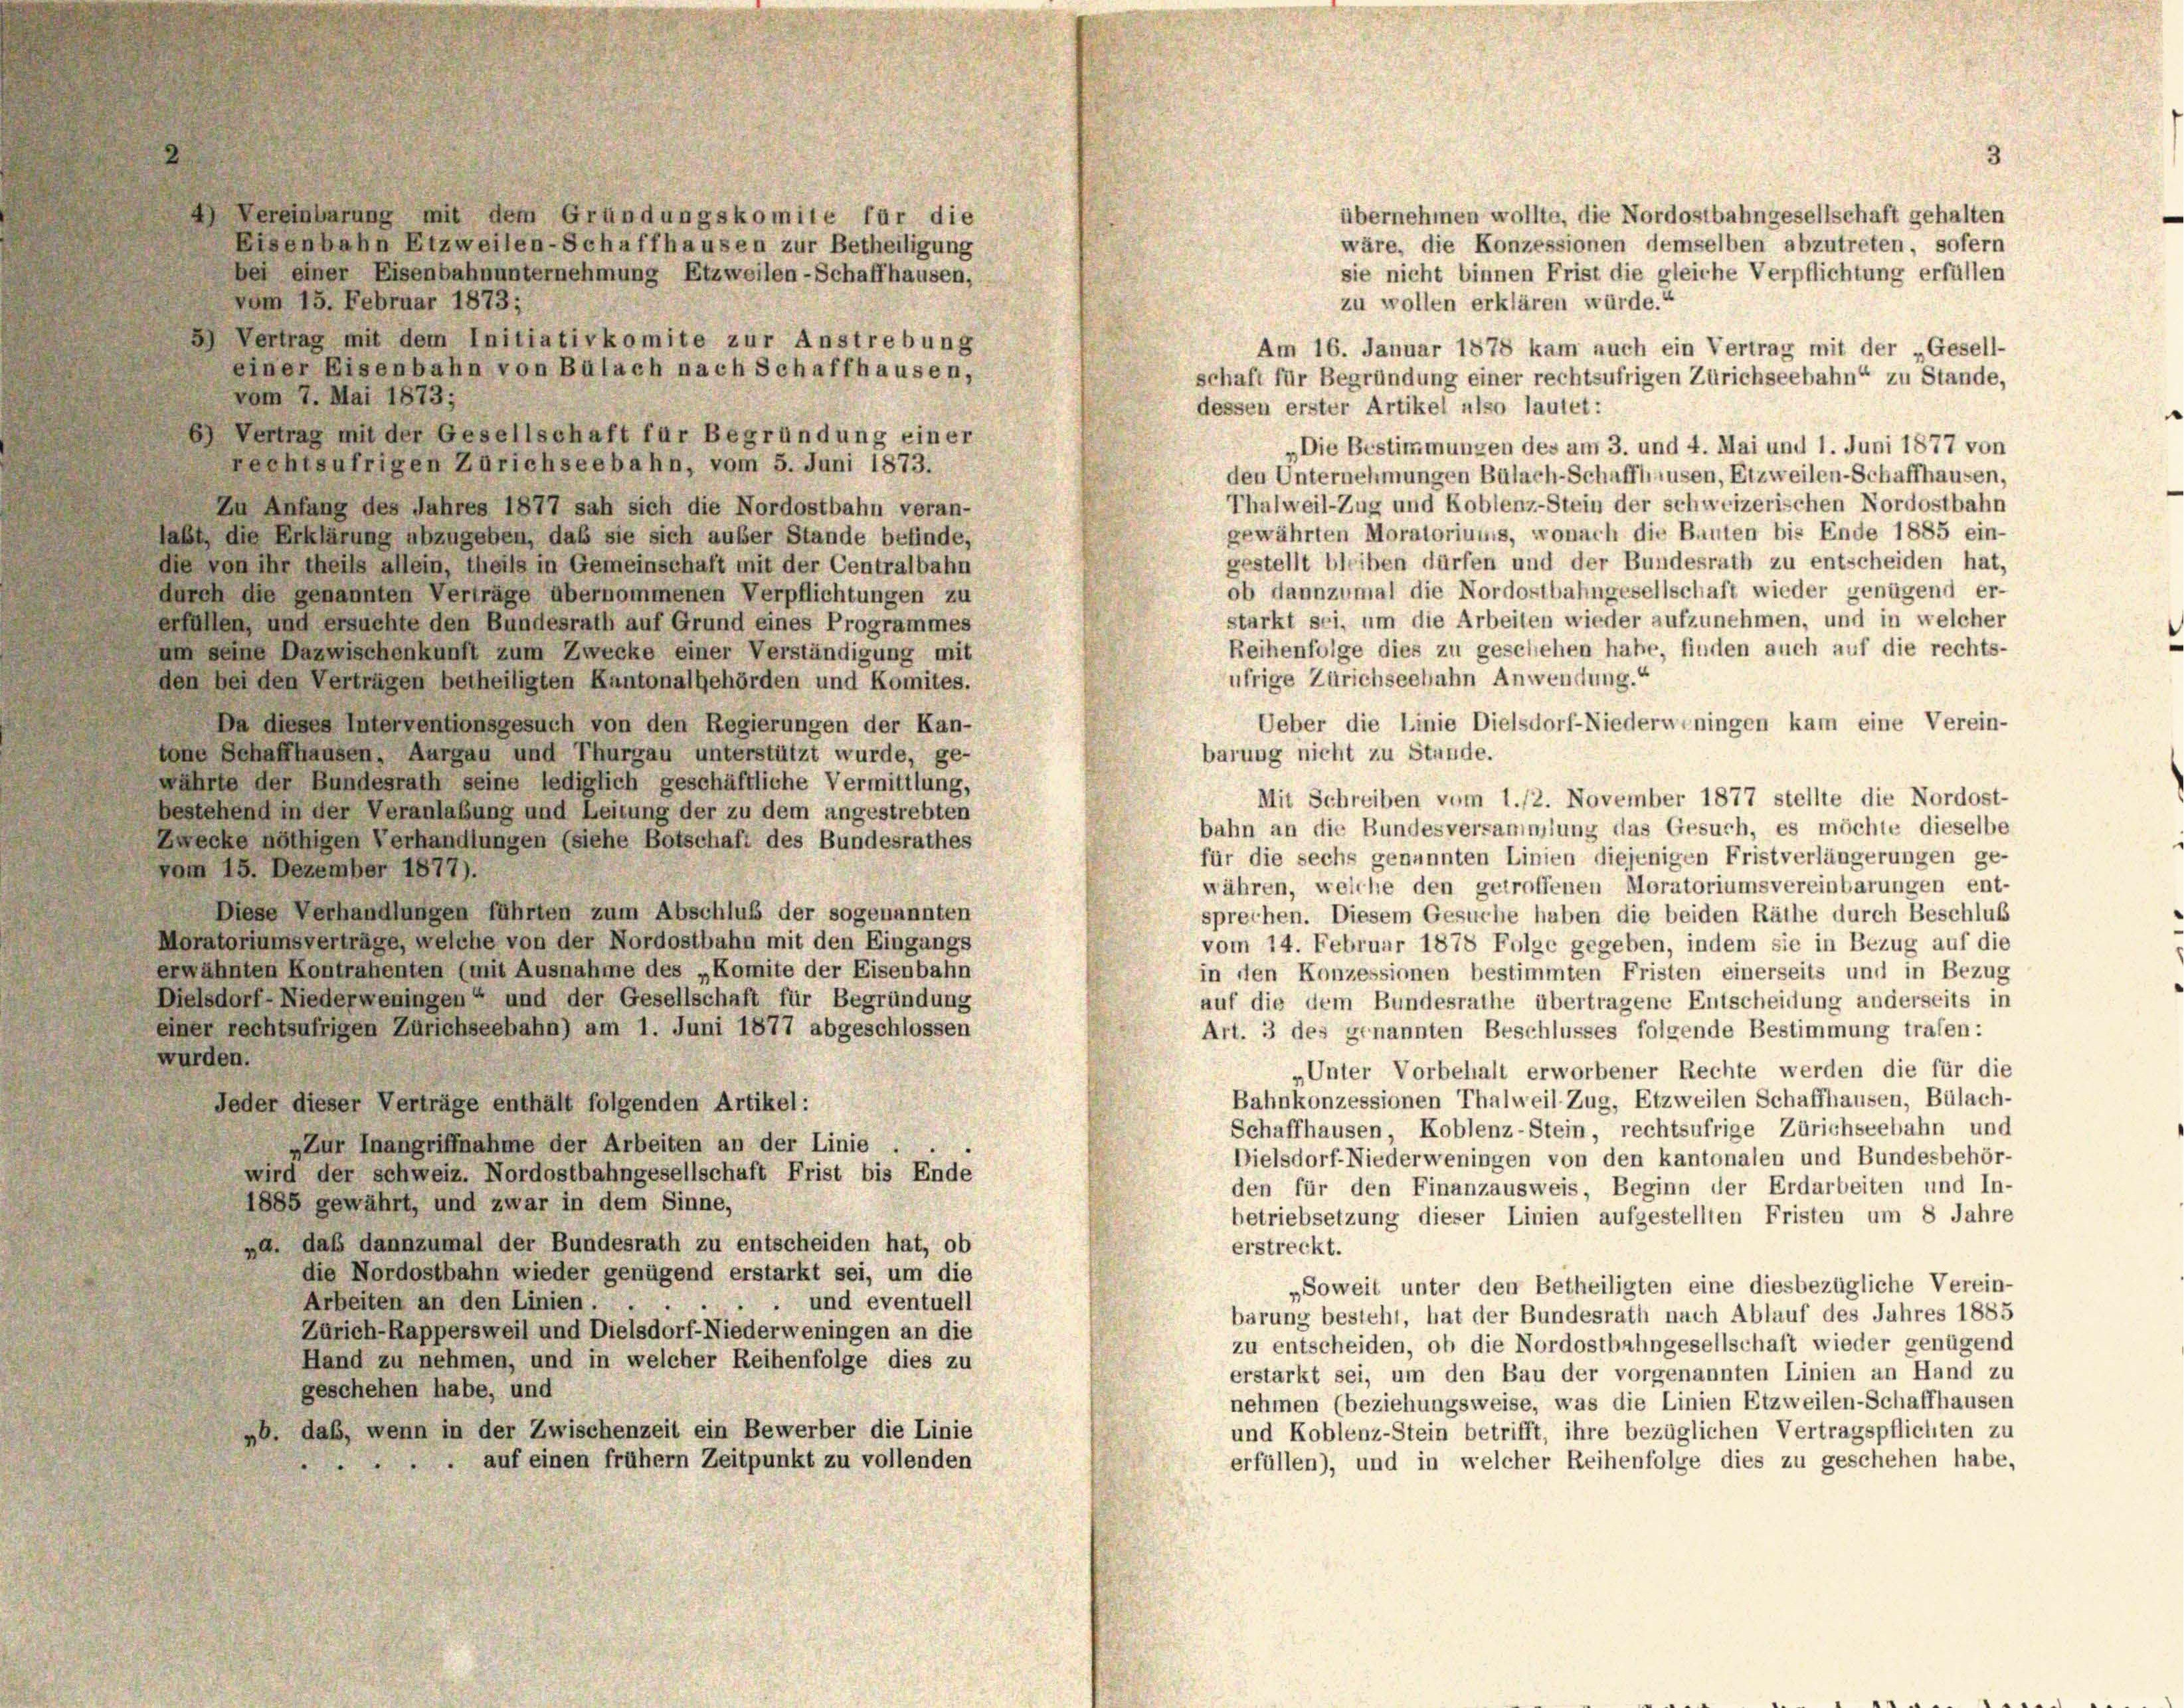
übernehmen wollte, die Nordostbahngesellschaft gehalten
) Vereinbarung mit dem Gründungskomite für die
Eisenbahn Etzweilen-Schaffhausen zur Betheiligung
wäre, die Konzessionen demselben abzutreten, sofern
sie nicht binnen Frist die gleiche Verpflichtung erfüllen
bei einer Eisenbahnunternehmung Etzweilen-Schaffhausen,
vom 15. Februar 1873;
zu wollen erklären würde.“
Am 16. Januar 1878 kam auch ein Vertrag mit der „Gesell-
einer Eisenbahn von Bülach nach Schaffhausen,
schaft für Begründung einer rechtsufrigen Zürichseebahn“ zu Stande,
dessen erster Artikel also lautet:
6) Vertrag mit der Gesellschaft für Begründung einer
„Die Bestimmungen des am 3. und 4. Mai und 1. Juni 1877 von
rechtsufrigen Zürichseebahn, vom 5. Juni 1873.
den Unternehmungen Bülach-Schaffhausen, Etzweilen-Schaffhausen,
Thalweil-Zug und Koblenz-Stein der schweizerischen Nordostbahn
In Anfang des Jahres 1877 sah sich die Nordostbahn veran-
gewährten Moratoriums, wonach die Bauten bis Ende 1885 ein-
laßt, die Erklärung abzugeben, daß sie sich auser Stande befinde,
gestellt bleiben dürfen und der Bundesrath zu entscheiden hat,
die von ihr theils allein, theils in Gemeinschaft mit der Centralbahn
ob dannzumal die Nordostbahngesellschaft wieder genügend er-
durch die genannten Verträge übernommenen Verpflichtungen zu
starkt sei, um die Arbeiten wieder aufzunehmen, und in welcher
erfüllen, und ersuchte den Bundesrath auf Grund eines Programmes
Reihenfolge dies zu geschehen habe, finden auch auf die rechts-
um seine Dazwischenkunft zum Zwecke einer Verständigung mit
ufrige Zürichseehahn Anwendung.“
den bei den Verträgen betheiligten Kantonalbehörden und Komites.
Ueber die Linie Dielsdorf-Niederweningen kam eine Verein-
Da dieses Interventionsgesuch von den Regierungen der Kan-
tone Schaffhausen, Aurgau und Thurgau unterstützt wurde, ge-
barung nicht zu Stunde.
währte der Bundesrath seine lediglich geschäftliche Vermittlung,
Mit Schreiben vom 1./2. November 1877 stellte die Nordost-
bestehend in der Veranlaßung und Leitung der zu dem angestrebten
bahn an die Bundesversammlung das Gesuch, es möchte dieselbe
Zwecke nöthigen Verhandlungen (siehe Botschaft des Bundesrathes
für die sechs genannten Linien diejenigen Fristverlängerungen ge-
vom 15. Dezember 1877).
währen, welche den getroffenen Moratoriumsvereinbarungen ent-
Diese Verhandlungen führten zum Abschluß der sogenannten
sprechen. Diesem Gesuche haben die beiden Räthe durch Beschluß
Moratoriums verträge, welche von der Nordostbahn mit den Eingangs
vom 14. Februar 1878 Folge gegeben, indem sie in Bezug auf die
erwähnten Kontrahenten (mit Ausnahme des „Komite der Eisenbahn
in den Konzessionen bestimmten Fristen einerseits und in Bezug
Dielsdorf-Niederweningen“ und der Gesellschaft für Begründung
auf die dem Bundesrathe übertragene Entscheidung anderseits in
einer rechtsufrigen Zürichseebahn) am 1. Juni 1877 abgeschlossen
Art. 3 des genannten Beschlusses folgende Bestimmung trafen:
wurden.
„Unter Vorbehalt erworbener Rechte werden die für die
Bahnkonzessionen Thalweil Zug, Etzweilen Schaffhausen, Bülach-
Jeder dieser Verträge enthält folgenden Artikel:
Schaffhausen, Koblenz-Stein, rechtsufrige Zürichseebahn und
Zur Inangriffnahme der Arbeiten an der Linie
Dielsdorf-Niederweningen von den kantonalen und Bundesbehör-
wird der schweiz. Nordostbahngesellschaft Frist bis Ende
den für den Finanzausweis, Beginn der Erdarbeiten und In-
1885 gewährt, und zwar in dem Sinne,
betriebsetzung dieser Linien aufgestellten Fristen um 8 Jahre
a. daß dannzumal der Bundesrath zu entscheiden hat, ob
erstreckt.
die Nordostbahn wieder genügend erstarkt sei, um die
„Soweit unter den Betheiligten eine diesbezügliche Verein-
und eventuell
Arbeiten an den Linien.
barung besteht, hat der Bundesrath nach Ablauf des Jahres 1885
Zürich-Rappersweil und Dielsdorf-Niederweningen an die
zu entscheiden, ob die Nordostbahngesellschaft wieder genügend
Hand zu nehmen, und in welcher Reihenfolge dies zu
erstarkt sei, um den Bau der vorgenannten Linien an Hand zu
geschehen habe, und
nehmen (beziehungsweise, was die Linien Etzweilen-Schaffhausen
»b. daß, wenn in der Zwischenzeit ein Bewerber die Linie
und Koblenz-Stein betrifft, ihre bezüglichen Vertragspflichten zu
 auf einen frühem Zeitpunkt zu vollenden
erfüllen), und in welcher Reihenfolge dies zu geschehen habe,

vom 7. Mai 1873;

3) Vertrag mit dem Initiativkomite zur Anstrebung

3